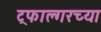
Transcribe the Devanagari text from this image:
ट्रफाल्गरच्या